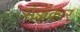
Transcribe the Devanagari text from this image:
सॅज्जॅकार